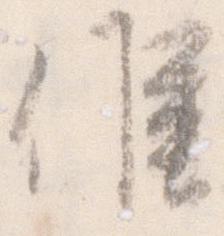
候